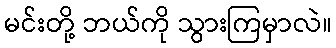
မင်းတို့ ဘယ်ကို သွားကြမှာလဲ။